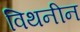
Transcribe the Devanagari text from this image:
विथनीन